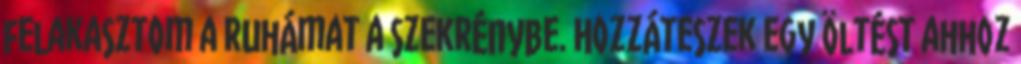
felakasztom a ruhámat a szekrénybe. Hozzáteszek egy öltést ahhoz